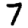
Digit: 7